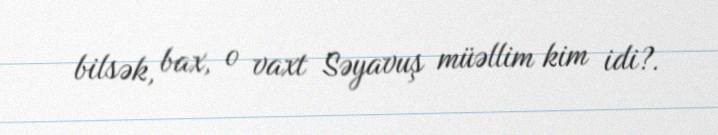
bilsək, bax, o vaxt Səyavuş müəllim kim idi?.